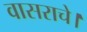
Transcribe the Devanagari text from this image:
वासराचे।